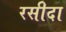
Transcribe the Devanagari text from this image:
रसीदा